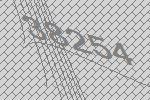
38254